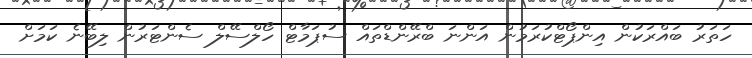
ހަތަރު ބައްރަކުން އިންޕޯޓްކުރަމުން އަންނަ ބްރޭންޑްތައް ސުޕަމާޓް ހޯލްސޭލް ސެންޓަރުން ލިބޭނެ ކަމަށް